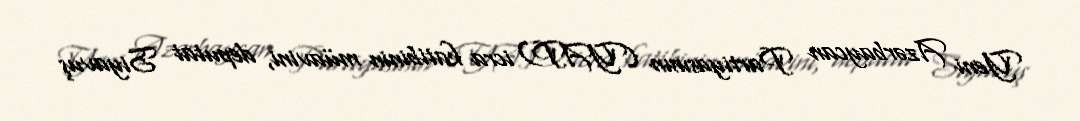
Yeni Azərbaycan Partiyasının (YAP) icra katibinin müavini, deputat Siyavuş